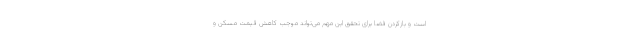
است و بازکردن فضا برای تحقق این مهم می‌تواند موجب کاهش قیمت مسکن و